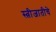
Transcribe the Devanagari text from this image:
स्त्रीजातीचे